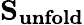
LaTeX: \mathbf{S_{unfold}}